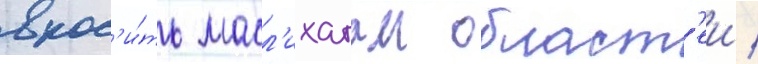
внос'и́ть масл'ихатам област'еи /